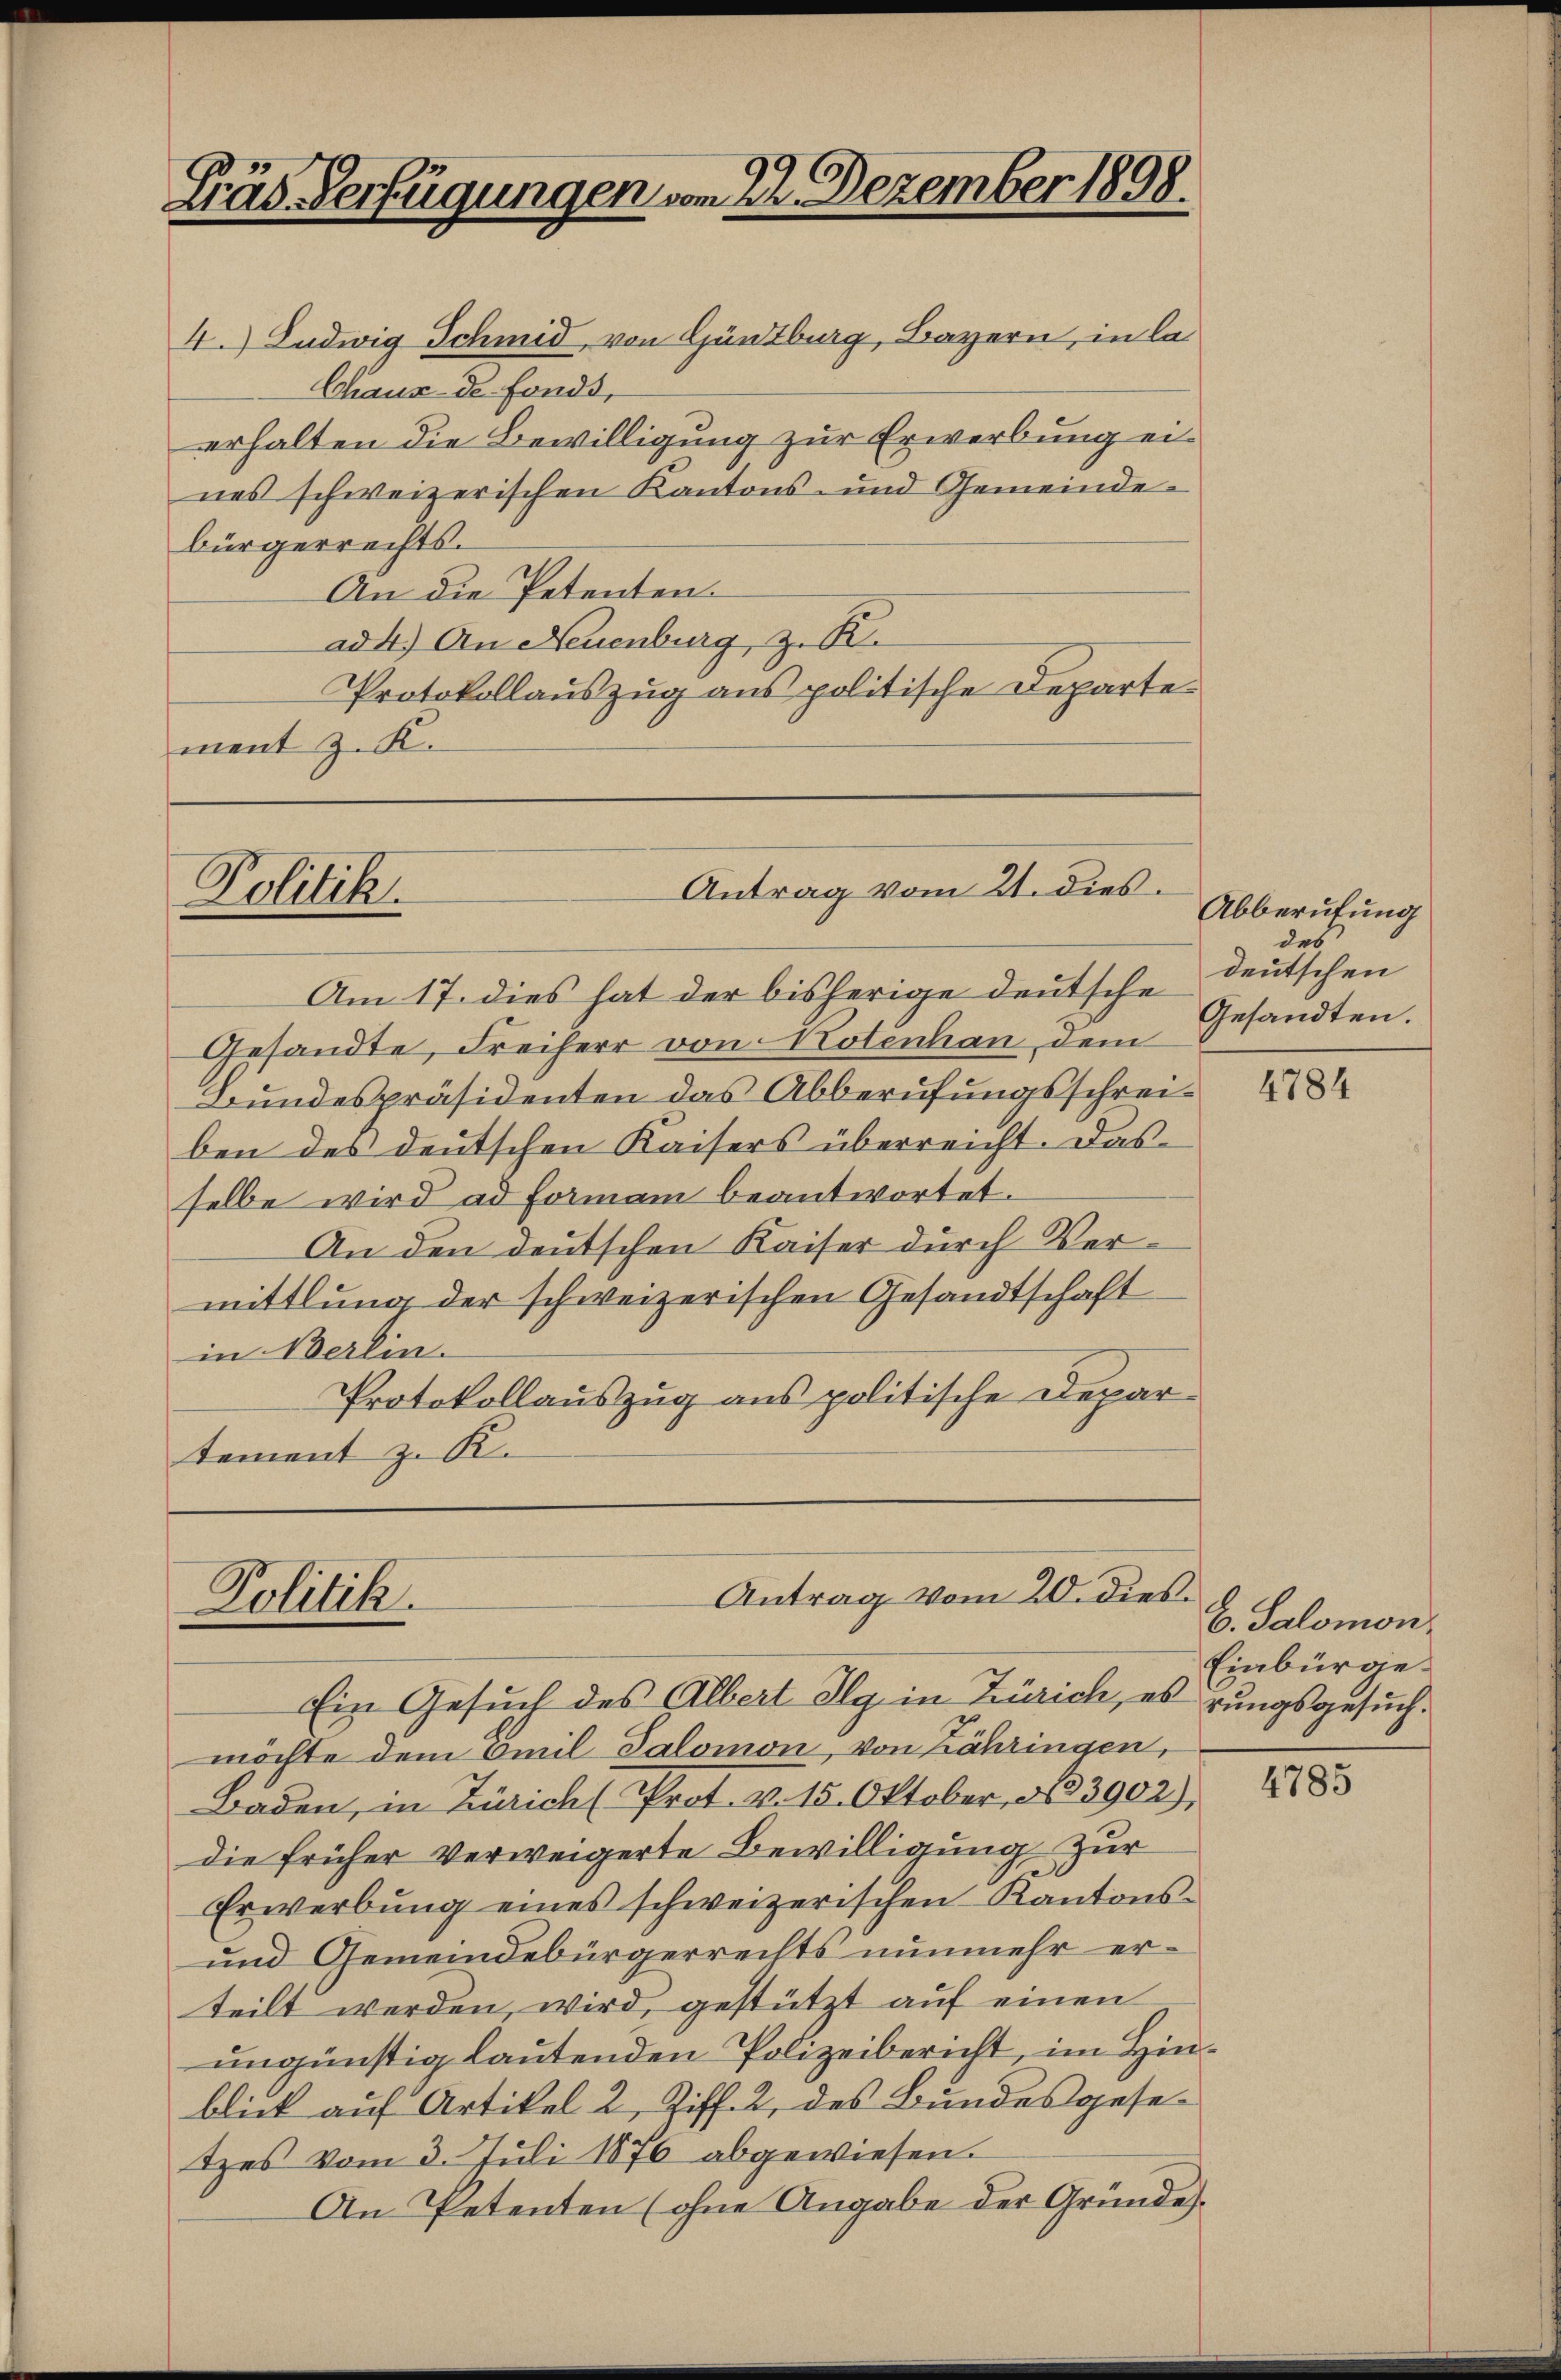
Fräs Verfügungen vom 22. Dezember 1898.

4.) Ludwig Schmid, von Güntburg, Bayern, in la
Chaux-de fonds,
erhalten die Bewilligung zur Erwerbung eines schweizerischen Kantons- und Gemeindebürgerrechts.
An die Petenten.
ad 4.) An Neuenburg, z. B.
Protokollauszug aus politische Departement z. K.

Antrag vom 21. dies
Politik.

Am 17. dies hat der bisherige deutsche Deutschen
Gesandte, Freiherr von Notenhau dem
Bundespräsidenten das Abberufungsschreiben des deutschen Kaisers überreicht. Das
selbe wird ad Formann beantwortet.
An den deutschen Kaiser durch Vermittlung der schweizerischen Gesandtschaft
in Berlin.
Protokollauszug aus politische Departement z. K.

Antrag vom 20. dies
Politik.

Ein Gesuch des Albert Ilg in Zürich, es rungsgesuchmöchte dem Emil Salomon, von Zähringen,
Baden, in Zürich (Prot. v. 15. Oktober N. 3902),
die früher Verweigerte Bewilligung zur
Erwerbŭng eines schweizerischen Kantons¬
und Gemeindebürgerrechts nunmehr erteilt werden, wird, gestützt auf einen
ungünstig lautenden Polizeibericht, im Hinblick auf Artikel 2, Ziff. 2, des Bundesgesetzes vom 3. Juli 1876 abgewiesen.
An Petenten (ohne Angabe der Gründe

Abberufung
des
Gesandten.

4784

C. Salomon.
Einbürge

4785